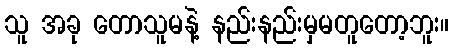
သူ အခု တောသူမနဲ့ နည်းနည်းမှမတူတော့ဘူး။